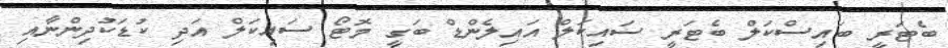
ބެޓަރީ ބައިސްކަލް ބެޓަރީ ސައިކަލް އައިލެންޑް ބަގީ މޮޓޯ ސައިކަލް އަދި ކުޑަކުދިންނާއި